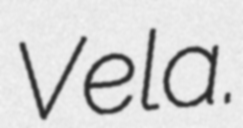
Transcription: Vela.